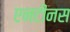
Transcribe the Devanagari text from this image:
एनटीनस